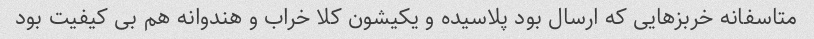
متاسفانه خربزهایی که ارسال بود پلاسیده و یکیشون کلا خراب و هندوانه هم بی کیفیت بود